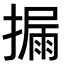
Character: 𪮪